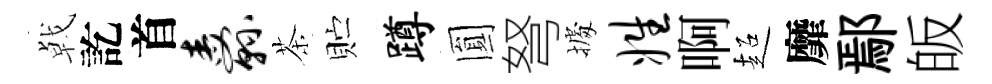
㦸訖首纛茶贮蹲圎弩𢴃姓啊超靡鄢皈